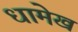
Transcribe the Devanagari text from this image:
धामेख